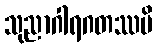
သုညာဂါရဂတဿပိ